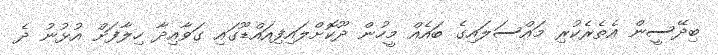
ބިދޭސީން އެތެރެކުރި މައްސަލައިގެ ބައެއް މީހުން ދޫކޮށްލައިފިއައްޑޫގައި ގަވާއިދާ ހިލާފަށް އުޅުނު ދެ